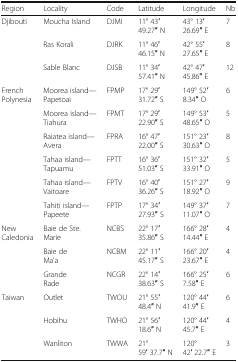
| Region | Locality | Code | Latitude | Longitude | Nb |
 | --- | --- | --- | --- | --- | --- |
 | <ROWSPAN=3> Djibouti | Moucha Island | DJMI | 11° 43′ 49.27′′ N | 43° 13′ 26.69′′ E | 7 |
 | Ras Korali | DJRK | 11° 46′ 46.15′′ N | 42° 55′ 27.65′′ E | 8 |
 | Sable Blanc | DJSB | 11° 34′ 57.41′′ N | 42° 47′ 45.86′′ E | 12 |
 | <ROWSPAN=6> French Polynesia | Moorea island—Papetoai | FPMP | 17° 29′ 31.72′′ S | 149° 52′ 8.34′′ O | 6 |
 | Moorea island—Tiahura | FPMT | 17° 29′ 22.90′′ S | 149° 53′ 48.65′′ O | 5 |
 | Raiatea island—Avera | FPRA | 16° 47′ 22.00′′ S | 151° 23′ 30.63′′ O | 8 |
 | Tahaa island—Tapuamu | FPTT | 16° 36′ 51.03′′ S | 151° 32′ 33.91′′ O | 5 |
 | Tahaa island—Vaitoare | FPTV | 16° 40′ 36.26′′ S | 151° 27′ 18.92′′ O | 9 |
 | Tahiti island—Papeete | FPTP | 17° 34′ 27.93′′ S | 149° 37′ 11.07′′ O | 7 |
 | <ROWSPAN=3> New Caledonia | Baie de Ste. Marie | NCBS | 22° 17′ 35.86′′ S | 166° 28′ 14.44′′ E | 4 |
 | Baie de Ma’a | NCBM | 22° 11′ 45.17′′ S | 166° 20′ 23.67′′ E | 4 |
 | Grande Rade | NCGR | 22° 14′ 38.63′′ S | 166° 25′ 7.58′′ E | 6 |
 | <ROWSPAN=3> Taiwan | Outlet | TWOU | 21° 55′ 48.4′′ N | 120° 44′ 41.9′′ E | 6 |
 | Hobihu | TWHO | 21° 56′ 18.6′′ N | 120° 44′ 45.7′′ E | 4 |
 | Wanliton | TWWA | 21° 59′ 37.7′′ N | 120° 42′ 22.7′′ E | 3 |